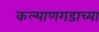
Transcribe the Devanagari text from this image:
कल्याणगडाच्या